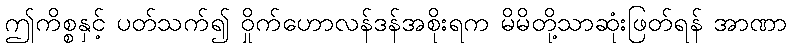
ဤကိစ္စနှင့် ပတ်သက်၍ ဝှိုက်ဟောလန်ဒန်အစိုးရက မိမိတို့သာဆုံးဖြတ်ရန် အာဏာ